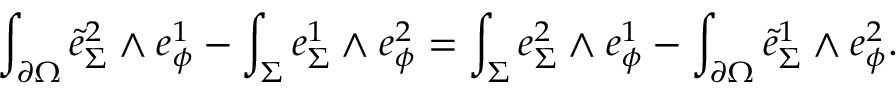
\int _ { \partial \Omega } \tilde { e } _ { \Sigma } ^ { 2 } \wedge e _ { \phi } ^ { 1 } - \int _ { \Sigma } e _ { \Sigma } ^ { 1 } \wedge e _ { \phi } ^ { 2 } = \int _ { \Sigma } e _ { \Sigma } ^ { 2 } \wedge e _ { \phi } ^ { 1 } - \int _ { \partial \Omega } \tilde { e } _ { \Sigma } ^ { 1 } \wedge e _ { \phi } ^ { 2 } .